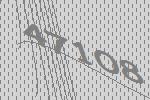
47108